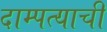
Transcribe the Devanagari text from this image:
दाम्पत्याची